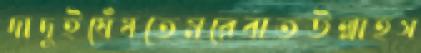
দাদুইঘেঁষতেমরেবাতউল্লাহস